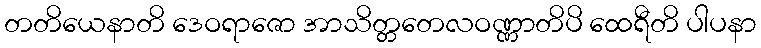
တတိယေနာတိ ဒေဝရာဇော အာသိတ္တတေလဝဏ္ဏာတိပိ ထေရီတိ ပါပနာ